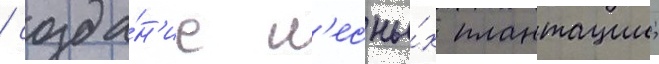
/ созда́н'ие л'есны́х плантации;